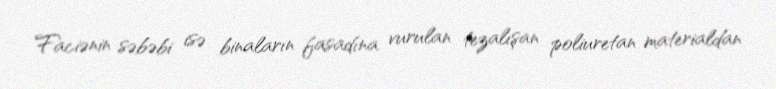
Faciənin səbəbi isə binaların fasadına vurulan tezalışan poliuretan materialdan